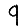
Digit: 9